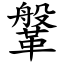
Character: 鞶